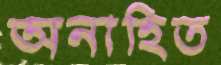
অনাহিত